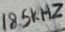
Text: 18.5kHz